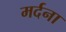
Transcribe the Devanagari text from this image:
मर्दना